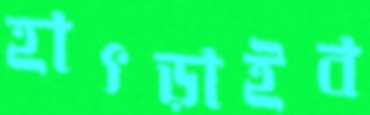
হাৎড়াইব